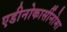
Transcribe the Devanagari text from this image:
एडीनोकार्सीनोमा